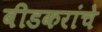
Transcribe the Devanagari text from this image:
बीडकरांचे